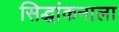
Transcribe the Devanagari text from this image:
सिद्धांकनाला